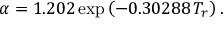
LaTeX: \alpha = 1 . 2 0 2 \exp \left( - 0 . 3 0 2 8 8 \, T _ { r } \right) .